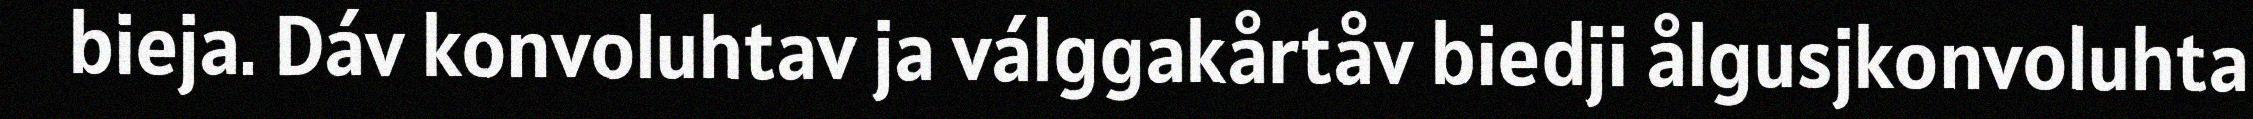
bieja. Dáv konvoluhtav ja válggakårtåv biedji ålgusjkonvoluhta